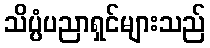
သိပ္ပံပညာရှင်များသည်